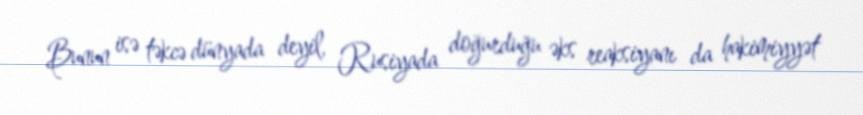
Bunun isə təkcə dünyada deyil, Rusiyada doğurduğu əks reaksiyanı da hakimiyyət